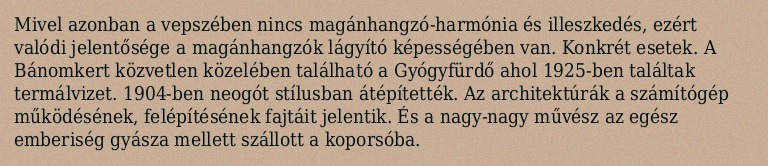
Mivel azonban a vepszében nincs magánhangzó-harmónia és illeszkedés, ezért valódi jelentősége a magánhangzók lágyító képességében van. Konkrét esetek. A Bánomkert közvetlen közelében található a Gyógyfürdő ahol 1925-ben találtak termálvizet. 1904-ben neogót stílusban átépítették. Az architektúrák a számítógép működésének, felépítésének fajtáit jelentik. És a nagy-nagy művész az egész emberiség gyásza mellett szállott a koporsóba.